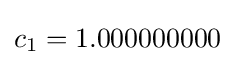
c_{1}=1.000000000